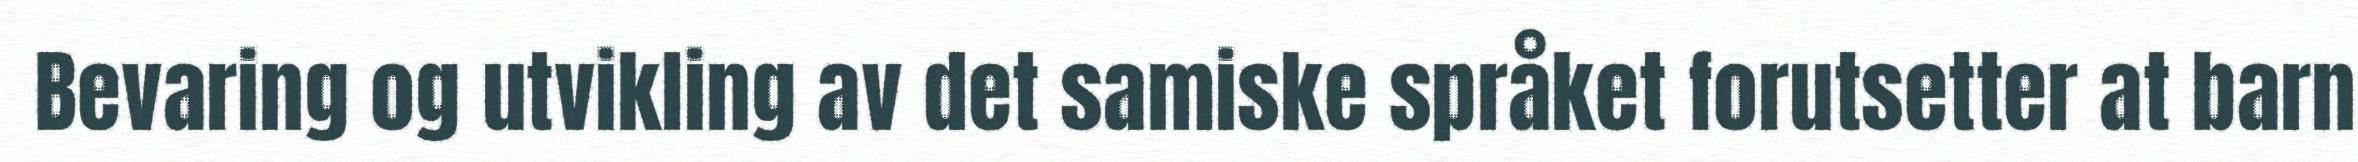
Bevaring og utvikling av det samiske språket forutsetter at barn